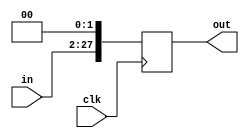
// Chris Kenyon and Brandon Nguyen
// input should be instruction

module leftshift2(clk, in, out);
  input clk;
  input [25:0] in;
  output [27:0] out;
  reg [27:0] out;
  
  always @(posedge clk)
  begin
    out = (in << 2);
  end
endmodule